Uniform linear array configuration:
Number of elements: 48
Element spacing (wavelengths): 0.25
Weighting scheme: binomial
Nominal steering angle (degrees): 15
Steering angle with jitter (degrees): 15.728
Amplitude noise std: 0.05
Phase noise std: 0.05

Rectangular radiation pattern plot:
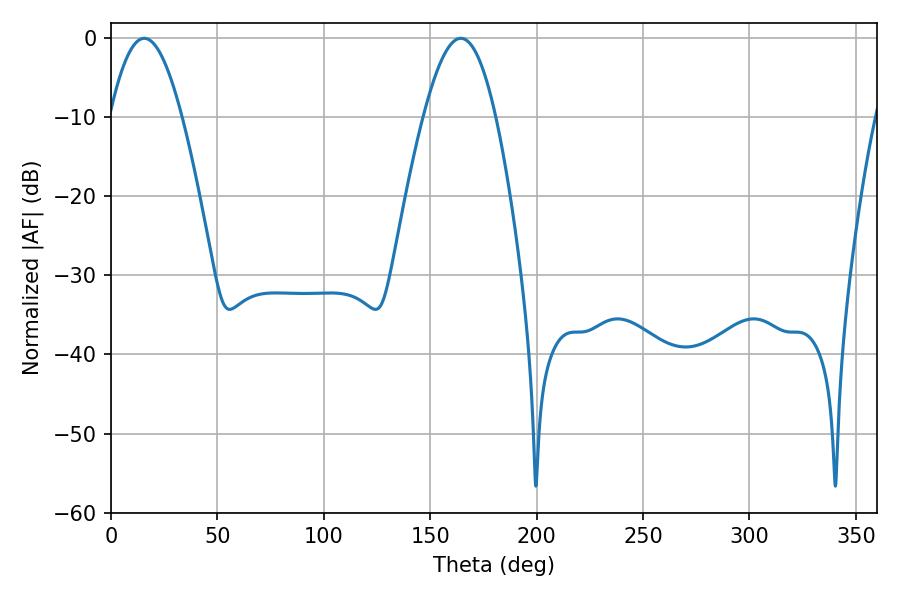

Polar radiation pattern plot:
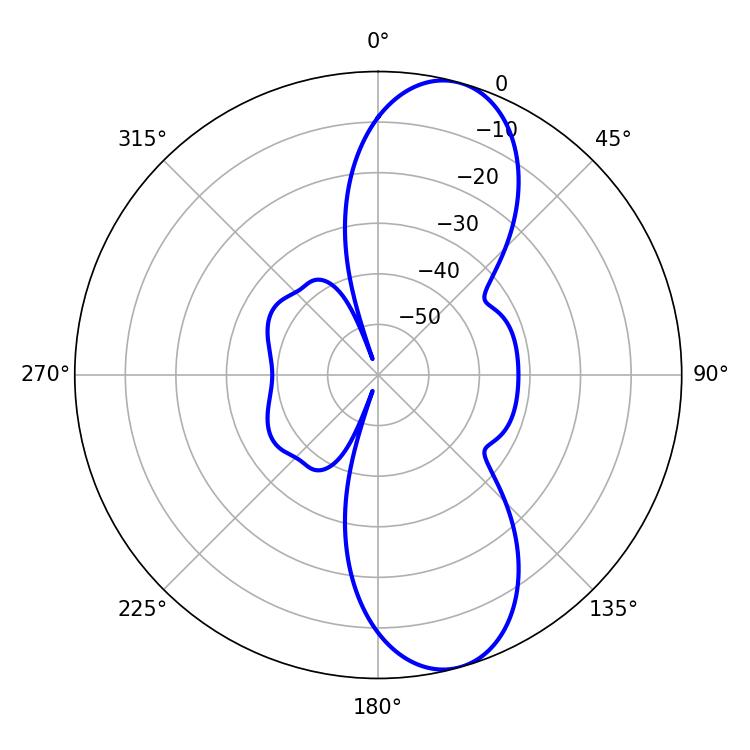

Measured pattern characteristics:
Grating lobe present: FALSE
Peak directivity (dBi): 10.204
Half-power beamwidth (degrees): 18.36
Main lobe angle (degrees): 15.66